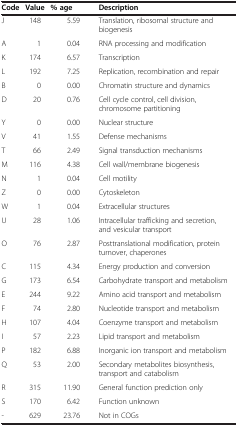
<table><thead><tr><td><b>Code</b></td><td><b>Value</b></td><td><b>% age</b></td><td><b>Description</b></td></tr></thead><tbody><tr><td>J</td><td>148</td><td>5.59</td><td>Translation, ribosomal structure and biogenesis</td></tr><tr><td>A</td><td>1</td><td>0.04</td><td>RNA processing and modification</td></tr><tr><td>K</td><td>174</td><td>6.57</td><td>Transcription</td></tr><tr><td>L</td><td>192</td><td>7.25</td><td>Replication, recombination and repair</td></tr><tr><td>B</td><td>0</td><td>0.00</td><td>Chromatin structure and dynamics</td></tr><tr><td>D</td><td>20</td><td>0.76</td><td>Cell cycle control, cell division, chromosome partitioning</td></tr><tr><td>Y</td><td>0</td><td>0.00</td><td>Nuclear structure</td></tr><tr><td>V</td><td>41</td><td>1.55</td><td>Defense mechanisms</td></tr><tr><td>T</td><td>66</td><td>2.49</td><td>Signal transduction mechanisms</td></tr><tr><td>M</td><td>116</td><td>4.38</td><td>Cell wall/membrane biogenesis</td></tr><tr><td>N</td><td>1</td><td>0.04</td><td>Cell motility</td></tr><tr><td>Z</td><td>0</td><td>0.00</td><td>Cytoskeleton</td></tr><tr><td>W</td><td>1</td><td>0.04</td><td>Extracellular structures</td></tr><tr><td>U</td><td>28</td><td>1.06</td><td>Intracellular trafficking and secretion, and vesicular transport</td></tr><tr><td>O</td><td>76</td><td>2.87</td><td>Posttranslational modification, protein turnover, chaperones</td></tr><tr><td>C</td><td>115</td><td>4.34</td><td>Energy production and conversion</td></tr><tr><td>G</td><td>173</td><td>6.54</td><td>Carbohydrate transport and metabolism</td></tr><tr><td>E</td><td>244</td><td>9.22</td><td>Amino acid transport and metabolism</td></tr><tr><td>F</td><td>74</td><td>2.80</td><td>Nucleotide transport and metabolism</td></tr><tr><td>H</td><td>107</td><td>4.04</td><td>Coenzyme transport and metabolism</td></tr><tr><td>I</td><td>57</td><td>2.23</td><td>Lipid transport and metabolism</td></tr><tr><td>P</td><td>182</td><td>6.88</td><td>Inorganic ion transport and metabolism</td></tr><tr><td>Q</td><td>53</td><td>2.00</td><td>Secondary metabolites biosynthesis, transport and catabolism</td></tr><tr><td>R</td><td>315</td><td>11.90</td><td>General function prediction only</td></tr><tr><td>S</td><td>170</td><td>6.42</td><td>Function unknown</td></tr><tr><td>-</td><td>629</td><td>23.76</td><td>Not in COGs</td></tr></tbody></table>